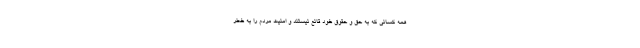
همه کسانی که به حق و حقوق خود قانع نیستند و امنیت مردم را به خطر